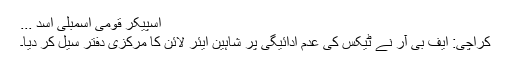
اسپیکر قومی اسمبلی اسد ...
کراچی: ایف بی آر نے ٹیکس کی عدم ادائیگی پر شاہین ایئر لائن کا مرکزی دفتر سیل کر دیا۔